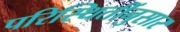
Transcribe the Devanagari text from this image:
परिस्थितींनुसार